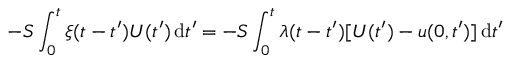
- S \int _ { 0 } ^ { t } \xi ( t - t ^ { \prime } ) U ( t ^ { \prime } ) \, \mathrm { d } t ^ { \prime } = - S \int _ { 0 } ^ { t } \lambda ( t - t ^ { \prime } ) [ U ( t ^ { \prime } ) - u ( 0 , t ^ { \prime } ) ] \, \mathrm { d } t ^ { \prime }